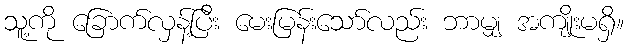
သူ့ကို ခြောက်လှန့်ပြီး မေးမြန်းသော်လည်း ဘာမျှ အကျိုးမရှိ။